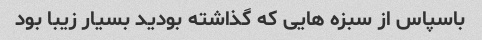
باسپاس از سبزه هایی که گذاشته بودید بسیار زیبا بود